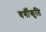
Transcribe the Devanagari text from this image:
वर्गीकृति